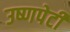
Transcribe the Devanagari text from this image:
उष्णपेटी